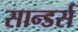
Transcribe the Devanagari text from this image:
सान्डर्स